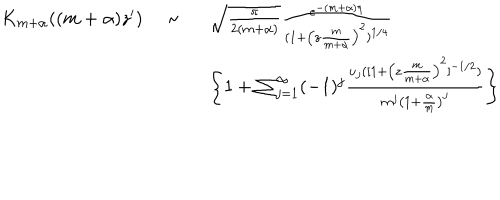
\begin{array} { l c l } { { K _ { m + \alpha } ( ( m + \alpha ) z ^ { \prime } ) \ } } & { { \sim \ } } & { { \sqrt { \frac { \pi } { 2 ( m + \alpha ) } } \frac { e ^ { - ( m + \alpha ) \eta } } { ( 1 + \left( z \frac { m } { m + \alpha } \right) ^ { 2 } ) ^ { 1 / 4 } } } } \\ { { } } & { { } } & { { \left\{ 1 + \sum _ { j = 1 } ^ { \infty } ( - 1 ) ^ { j } \frac { u _ { j } ( [ 1 + \left( z \frac { m } { m + \alpha } \right) ^ { 2 } ] ^ { - 1 / 2 } ) } { m ^ { j } \left( 1 + \frac { \alpha } { m } \right) ^ { j } } \right\} } } \\ \end{array}